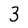
Character: 3